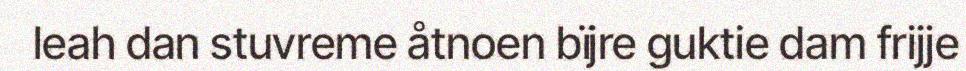
leah dan stuvreme åtnoen bïjre guktie dam frijje